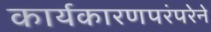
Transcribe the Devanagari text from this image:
कार्यकारणपरंपरेने